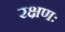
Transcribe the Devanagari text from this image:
रक्षणः